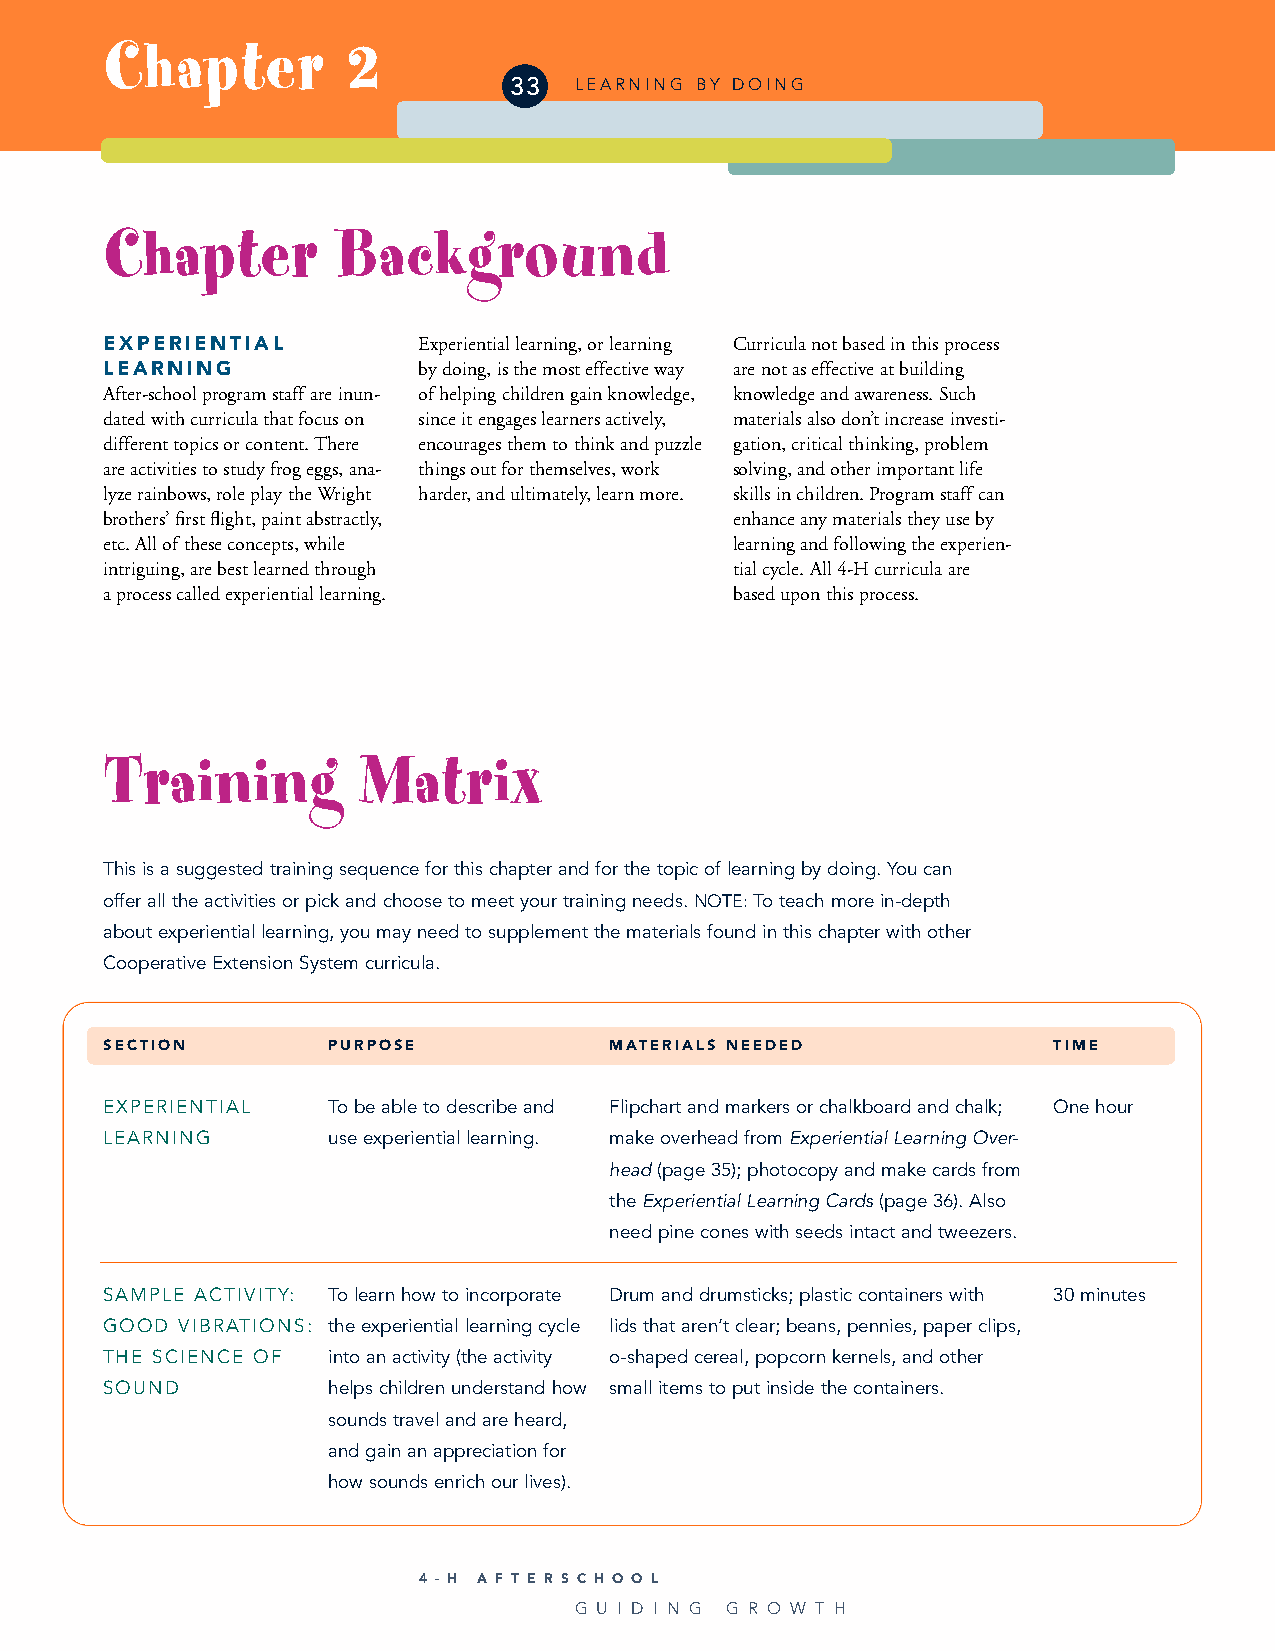
Chapter         2
 33  LEARNING BY DOING
 Chapter        Background
 EXPERIENTIAL         Experiential learning, or learning Curricula not based in this process
 LEARNING             by doing, is the most effective way are not as effective at building
 After-school program staff are inun- of helping children gain knowledge, knowledge and awareness. Such
 dated with curricula that focus on since it engages learners actively, materials also don’t increase investi-
 different topics or content. There encourages them to think and puzzle gation, critical thinking, problem
 are activities to study frog eggs, ana- things out for themselves, work solving, and other important life
 lyze rainbows, role play the Wright harder, and ultimately, learn more. skills in children. Program staff can
 brothers’ first flight, paint abstractly, enhance any materials they use by
 etc. All of these concepts, while         learning and following the experien-
 intriguing, are best learned through      tial cycle. All 4-H curricula are
 a process called experiential learning.   based upon this process.
 Training         Matrix
 This is a suggested training sequence for this chapter and for the topic of learning by doing. You can
 offer all the activities or pick and choose to meet your training needs. NOTE:To teach more in-depth
 about experiential learning, you may need to supplement the materials found in this chapter with other
 Cooperative Extension System curricula.
 SECTION        PURPOSE           MATERIALS NEEDED              TIME
 EXPERIENTIAL   To be able to describe and Flipchart and markers or chalkboard and chalk; One hour
 LEARNING       use experiential learning. make overhead from Experiential Learning Over-
 head (page 35); photocopy and make cards from
 theExperiential Learning Cards(page 36). Also
 need pine cones with seeds intact and tweezers.
 SAMPLE ACTIVITY: To learn how to incorporate Drum and drumsticks; plastic containers with 30 minutes
 GOOD VIBRATIONS: the experiential learning cycle lids that aren’t clear; beans, pennies, paper clips,
 THE SCIENCE OF into an activity (the activity o-shaped cereal, popcorn kernels, and other
 SOUND          helps children understand how small items to put inside the containers.
 sounds travel and are heard,
 and gain an appreciation for
 how sounds enrich our lives).
 4 - H A F T E R S C H O O L
 G U I D I N G G R O W T H